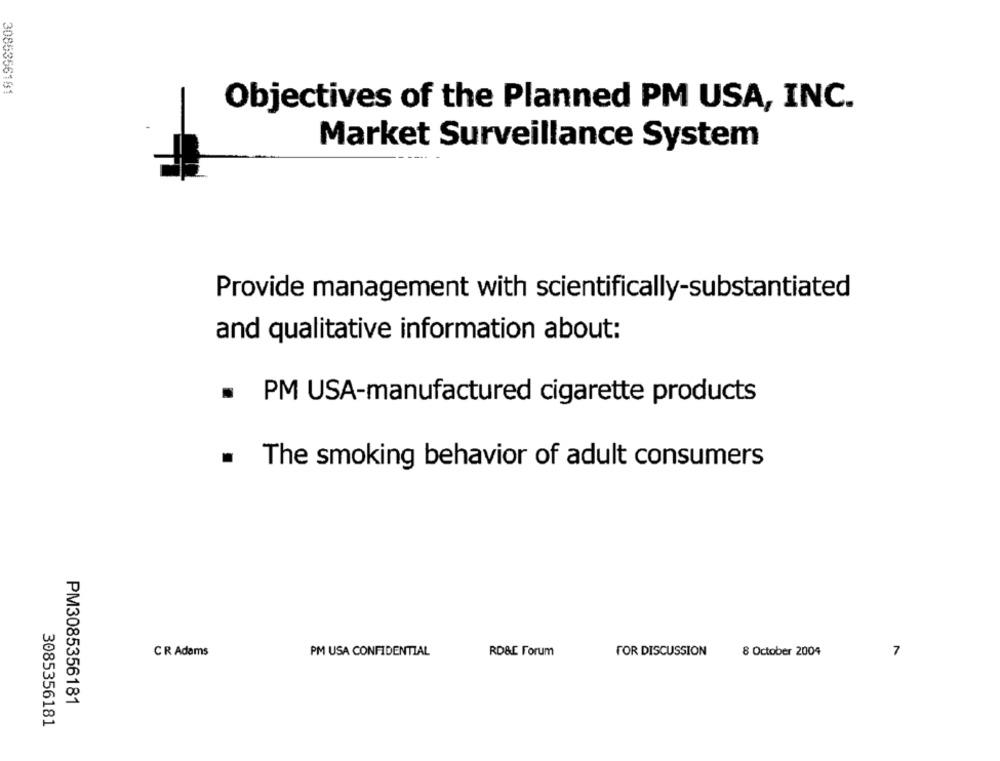
3085356181
Objectives of the Planned PM USA, INC.
Market Surveillance System
Provide management with scientifically-substantiated
and qualitative information about:
PM USA-manufactured cigarette products
.
The smoking behavior of adult consumers
CR Adams
PM USA CONFIDENTIAL
RD&E Forum
FOR DISCUSSION
8 October 2004
7
PM3085356181
3085356181